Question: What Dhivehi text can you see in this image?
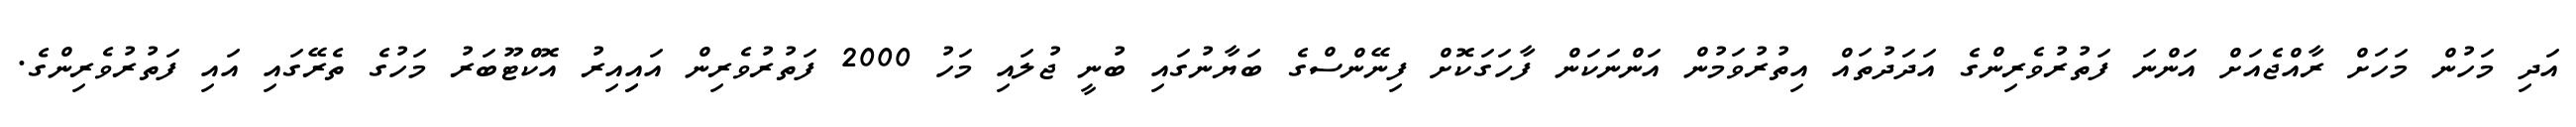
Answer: އަދި މަހުން މަހަށް ރާއްޖެއަށް އަންނަ ފަތުރުވެރިންގެ އަދަދުތައް އިތުރުވަމުން އަންނަކަން ފާހަގަކޮށް ފިނޭންސްގެ ބަޔާނުގައި ބުނީ ޖުލައި މަހު 2000 ފަތުރުވެރިން އައިިއިރު އޮކްޓޫބަރު މަހުގެ ތެރޭގައި އައި ފަތުރުވެރިންގެ.